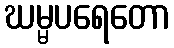
ဃမ္မပရေတော